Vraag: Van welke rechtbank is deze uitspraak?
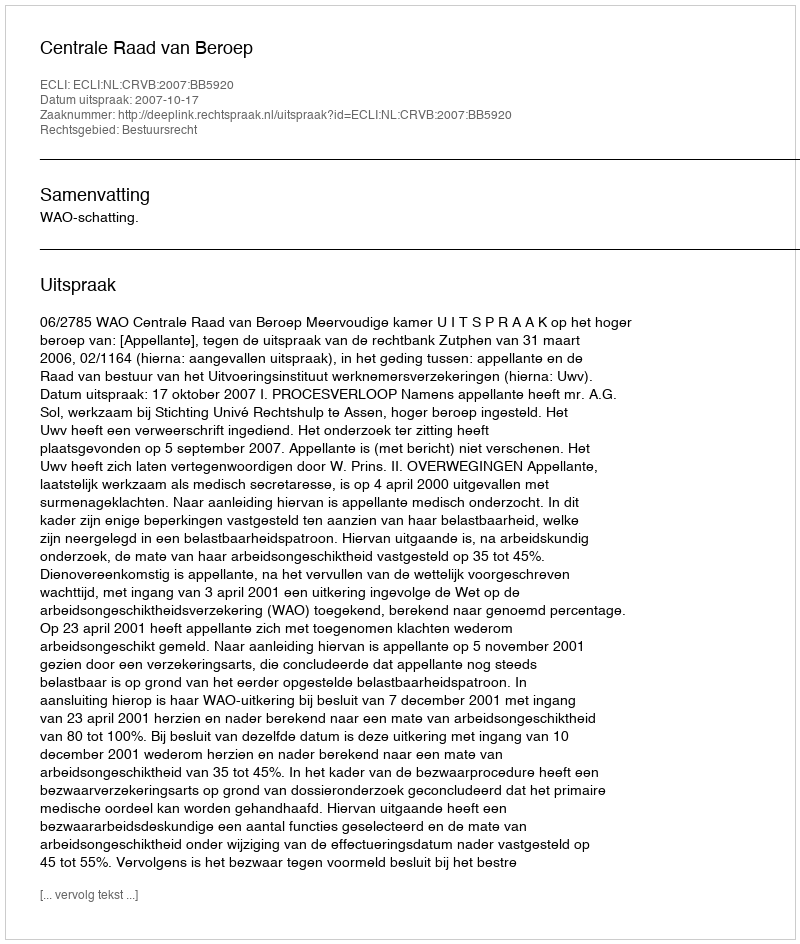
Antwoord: Centrale Raad van Beroep